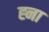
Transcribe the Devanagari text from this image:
ह्ना